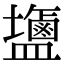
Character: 䀋